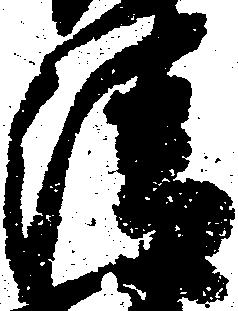
清